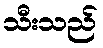
သီးသည်